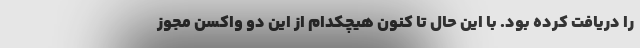
را دریافت کرده بود. با این حال تا کنون هیچکدام از این دو واکسن مجوز